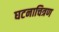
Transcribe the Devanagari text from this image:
घटनाचित्रण